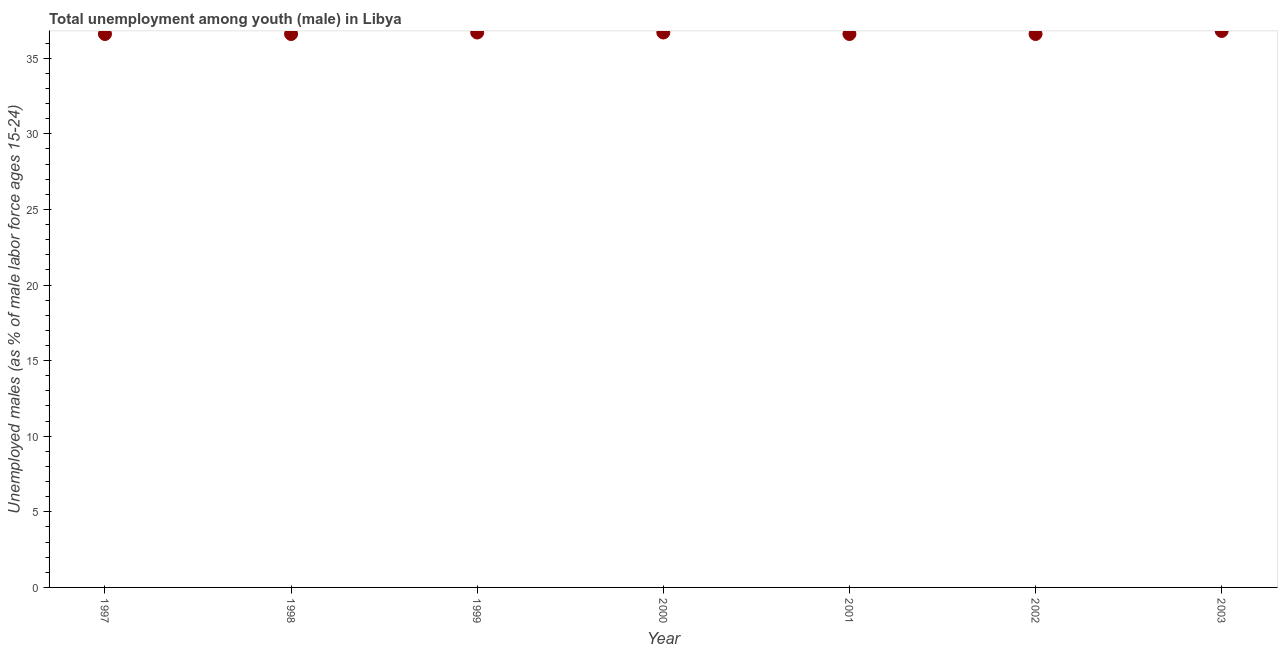
| Year | Unemployment |
 | --- | --- |
 | 1997 | 36.6 |
 | 1998 | 36.6 |
 | 1999 | 36.7 |
 | 2000 | 36.7 |
 | 2001 | 36.6 |
 | 2002 | 36.6 |
 | 2003 | 36.8 |